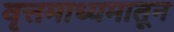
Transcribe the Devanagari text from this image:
वृत्तमाध्यमातून